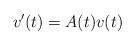
LaTeX: \begin{align*} v'(t) = A(t) v(t) \end{align*}